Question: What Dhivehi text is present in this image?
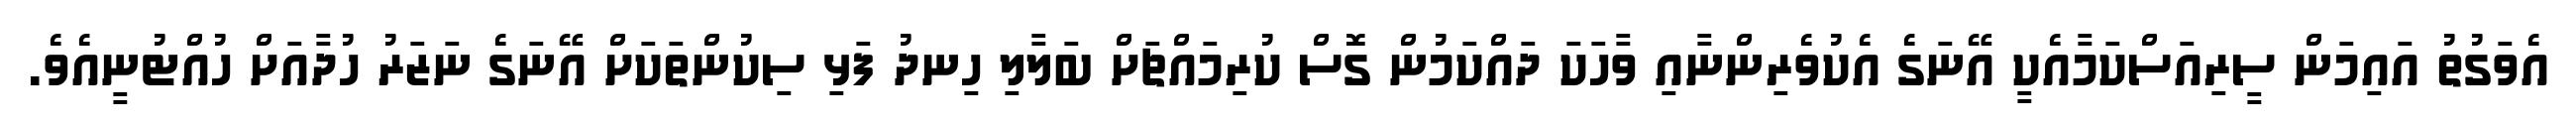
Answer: އެވަގުތު އައިމަން ސީރިއަސްކަމާއެކީ އޭނަގެ އެކުވެރިންނާއި ވާހަކަ ދައްކަމުން ގޮސް ކުރިމައްޗަށް ބަލާލި ހިނދު ފަޅި ސިކުންތަކަށް އޭނަގެ ނަޒަރު ހުދާއަށް ހުއްޓުނީއެވެ.